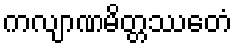
ကလျာဏမိတ္တဿေတံ